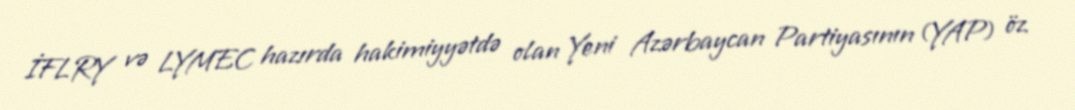
İFLRY və LYMEC hazırda hakimiyyətdə olan Yeni Azərbaycan Partiyasının (YAP) öz